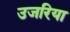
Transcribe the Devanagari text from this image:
उजरिया